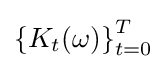
\left\{K_{t}(\omega )\right\}_{t=0}^{T}